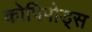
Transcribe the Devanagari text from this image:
कोपिपोड्स